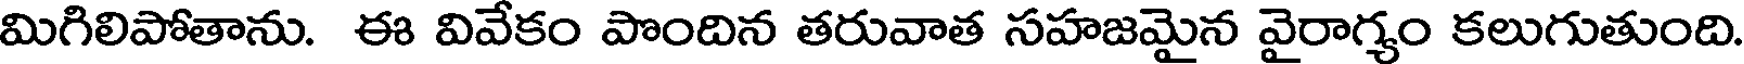
మిగిలిపోతాను. ఈ వివేకం పొందిన తరువాత సహజమైన వైరాగ్యం కలుగుతుంది.